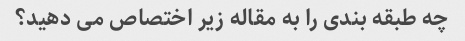
چه طبقه بندی را به مقاله زیر اختصاص می دهید؟